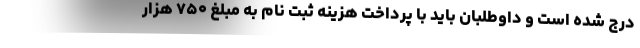
درج شده است و داوطلبان باید با پرداخت هزینه ثبت نام به مبلغ ۷۵۰ هزار